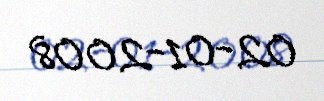
02-01-2008